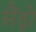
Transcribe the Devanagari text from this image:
सैंड्रो